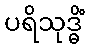
ပရိသုဒ္ဓိံ